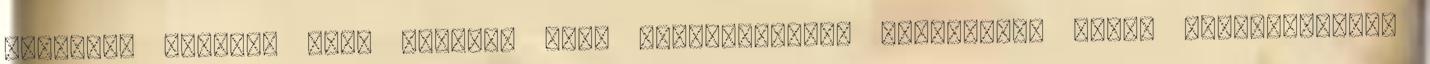
kísértés útjára, mert először csak megtetszettek egymásnak. Aztán beszélgettek,